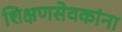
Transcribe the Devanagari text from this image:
शिक्षणसेवकांना